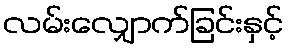
လမ်းလျှောက်ခြင်းနှင့်